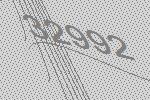
32992